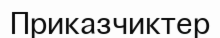
Приказчиктер